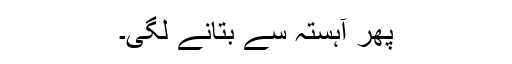
پھر آہستہ سے بتانے لگی۔